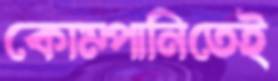
কোম্পানিতেই